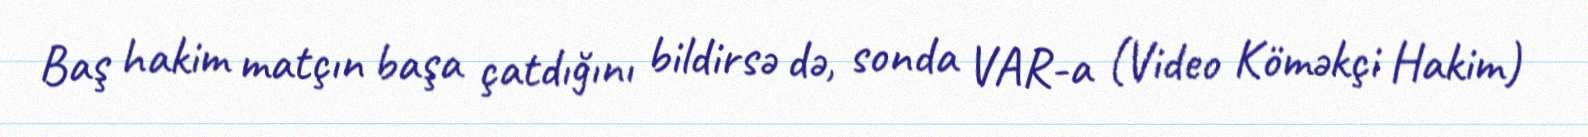
Baş hakim matçın başa çatdığını bildirsə də, sonda VAR-a (Video Köməkçi Hakim)